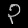
Digit: ၃